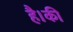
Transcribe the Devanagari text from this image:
है।की